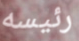
رئيسه